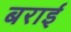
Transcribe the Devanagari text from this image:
बराई